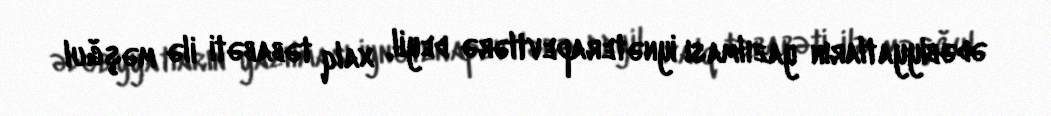
ədəbiyyatların yazılması iynəterapevtlərə deyil, xalq təbabəti ilə məşğul